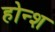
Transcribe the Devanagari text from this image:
होन्श